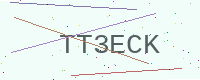
Text: TT3ECK